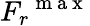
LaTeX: {F_{r}}^{\mathrm{~m~a~x~}}